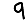
Digit: 9